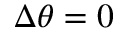
\Delta \theta = 0